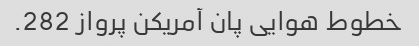
خطوط هوایی پان آمریکن پرواز 282.